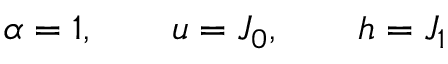
\alpha = 1 , \qquad u = J _ { 0 } , \qquad h = J _ { 1 }